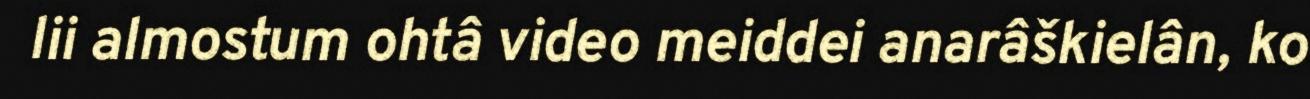
lii almostum ohtâ video meiddei anarâškielân, ko